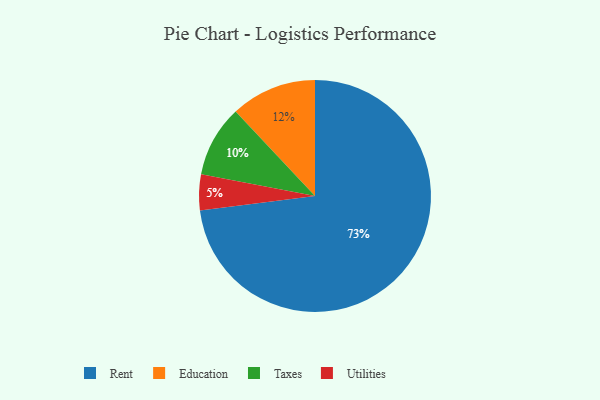
{"axis": {"x": "Category", "y": "Percentage"}, "legend": ["Education", "Rent", "Taxes", "Utilities"], "data": [{"x": "Taxes", "y": 10, "type": "Taxes"}, {"x": "Education", "y": 12, "type": "Education"}, {"x": "Utilities", "y": 5, "type": "Utilities"}, {"x": "Rent", "y": 73, "type": "Rent"}]}